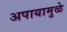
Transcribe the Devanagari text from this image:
अपायामुळे